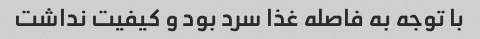
با توجه به فاصله غذا سرد بود و کیفیت نداشت